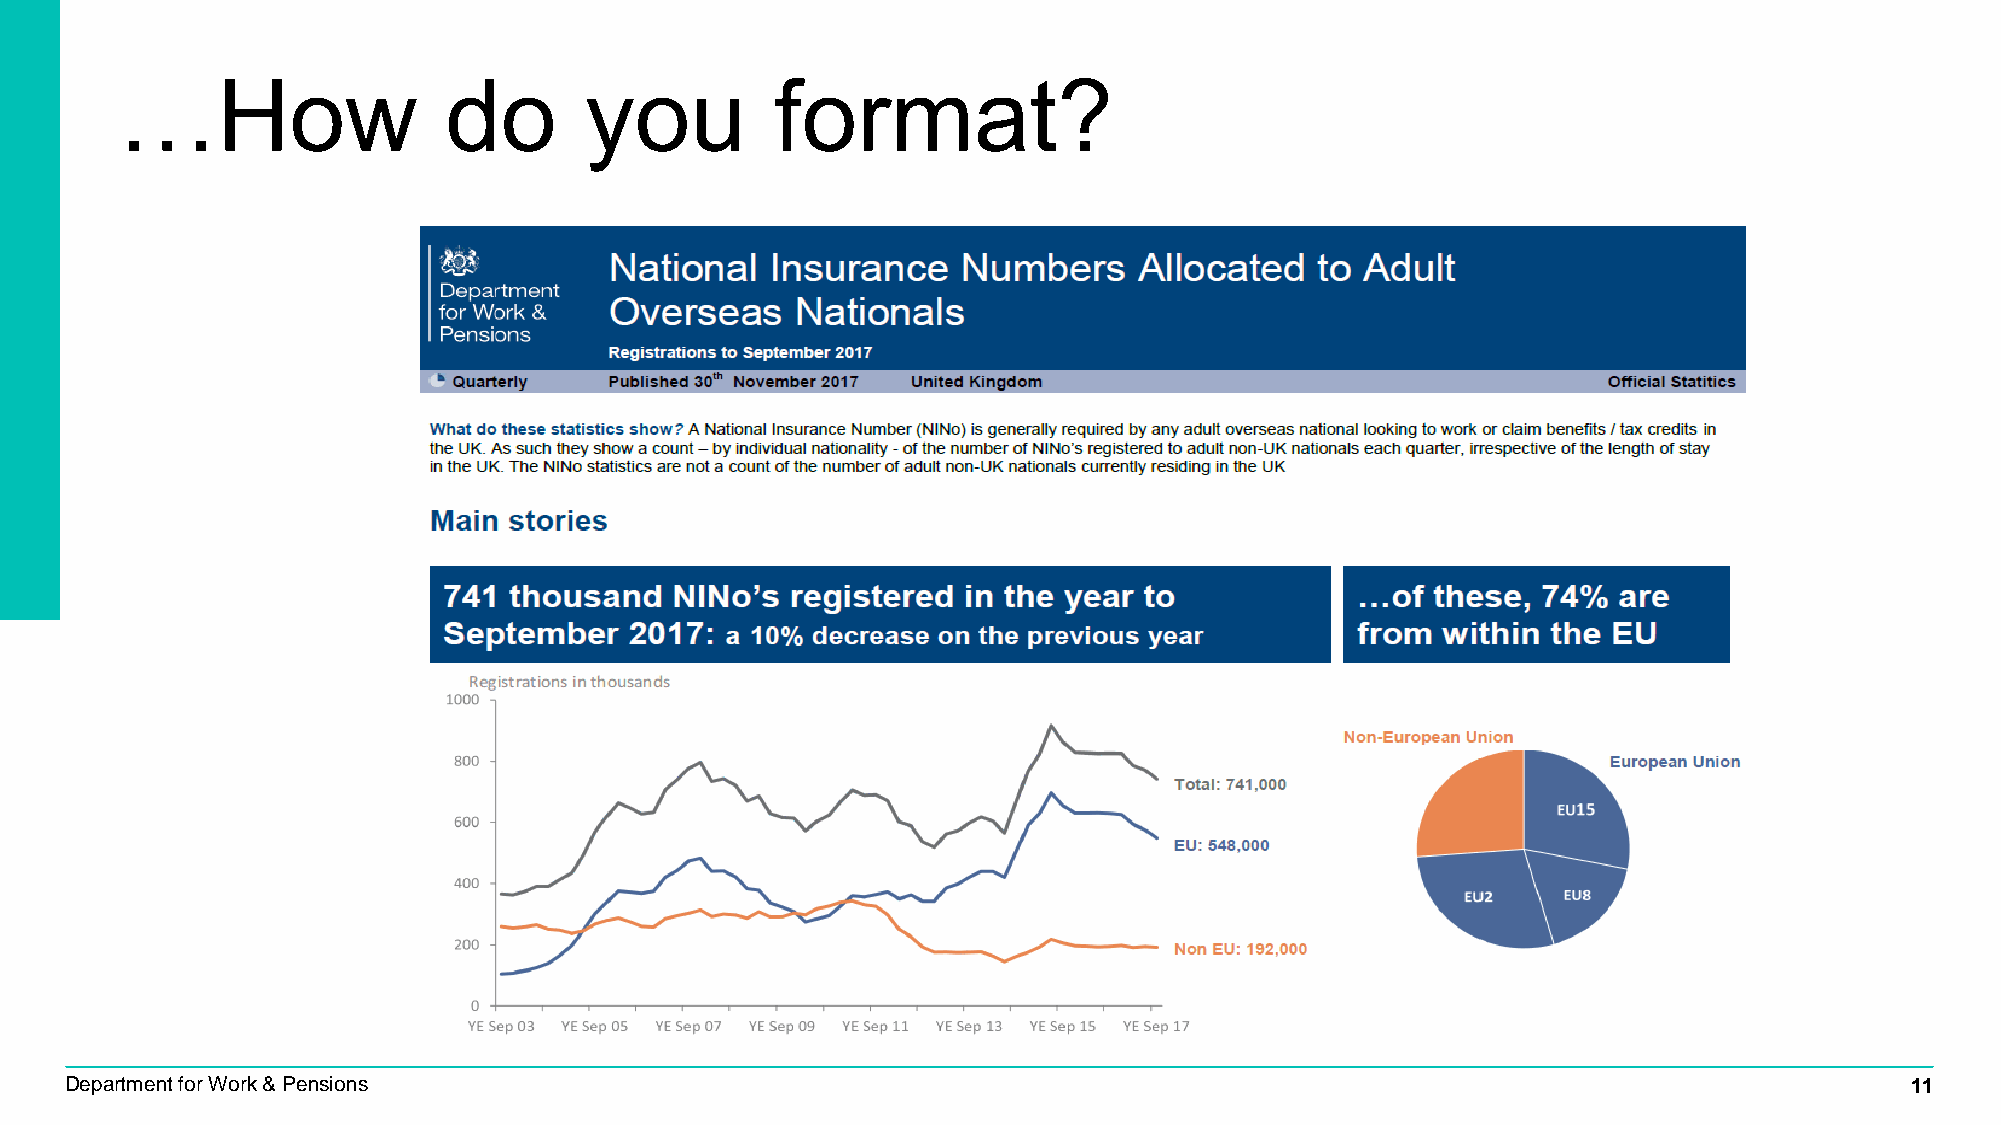
…How                 do        you         format?
 Department for Work & Pensions                                                                                            11